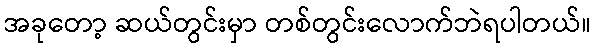
အခုတော့ ဆယ်တွင်းမှာ တစ်တွင်းလောက်ဘဲရပါတယ်။